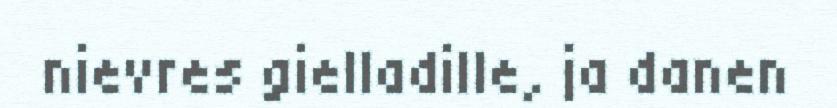
nievres gielladille, ja danen